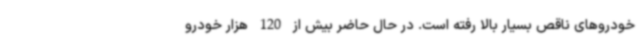
خودروهای ناقص بسیار بالا رفته است. در حال حاضر بیش از 120 هزار خودرو